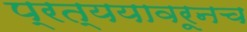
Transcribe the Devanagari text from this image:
प्रत्ययावरूनच